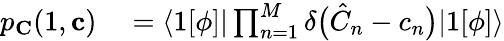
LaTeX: \begin{array}{rl}{p_{\mathbf{C}}(1,\mathbf{c})}&{{}=\langle 1[\phi]|\prod_{n=1}^{M}\delta\bigl(\hat{C}_{n}-c_{n}\bigr)|1[\phi]\rangle}\end{array}